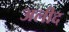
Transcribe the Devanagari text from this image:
अलीद